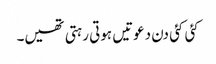
کئی کئی دن دعوتیں ہوتی رہتی تھیں۔